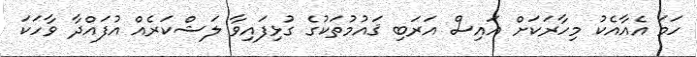
ހަަމަ އެއާއެކު މިހާރަކަށް އައިސް އަރަބި ޤައުމުތަކުގެ ގުޅިފައިވާ ލަޝްކަރެއް އުފައްދާ ވާހަކަ